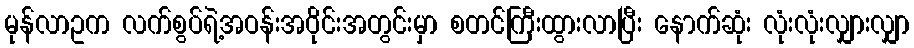
မုန်လာဥက လက်စွပ်ရဲ့အဝန်းအဝိုင်းအတွင်းမှာ စတင်ကြီးထွားလာပြီး နောက်ဆုံး လုံးလုံးလျှားလျှာ